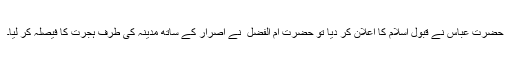
حضرت عباس ؓنے قبول اسلام کا اعلان کر دیا تو حضرت ام الفضل ؓ نے اصرار کے ساتھ مدینہ کی طرف ہجرت کا فیصلہ کر لیا۔